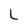
Character: l